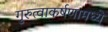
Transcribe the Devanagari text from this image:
गुरुत्वाकर्षणामध्ये